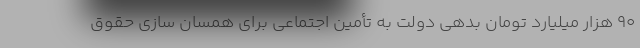
۹۰ هزار میلیارد تومان بدهی دولت به تأمین اجتماعی برای همسان سازی حقوق